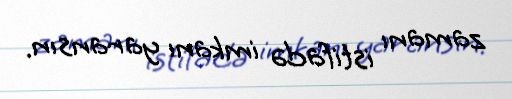
zamanı istifadə imkanı yaransın.